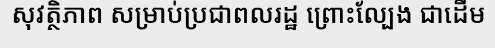
សុវត្ថិភាព សម្រាប់ប្រជាពលរដ្ឋ ព្រោះល្បែង ជាដើម